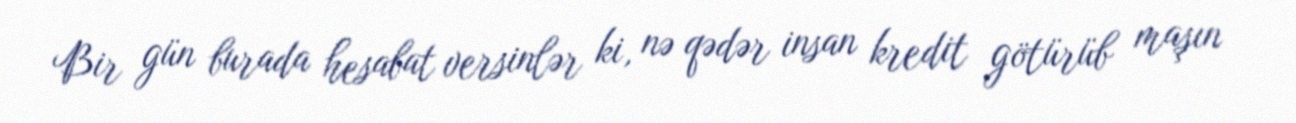
Bir gün burada hesabat versinlər ki, nə qədər insan kredit götürüb maşın